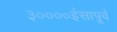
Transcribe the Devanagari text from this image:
३००००ईसापूर्व